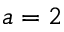
a = 2